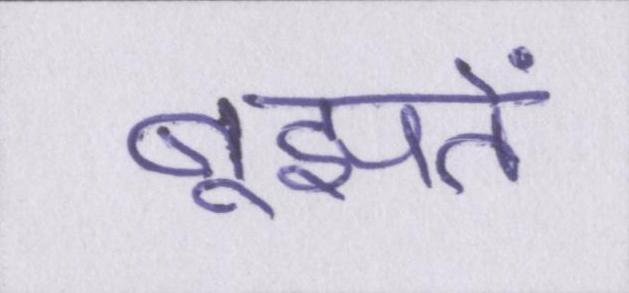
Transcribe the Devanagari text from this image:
बूझते